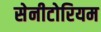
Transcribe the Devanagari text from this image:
सेनीटोरियम